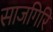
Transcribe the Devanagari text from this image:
साजगिरि